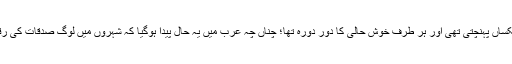
یہی وجہ تھی کہ ملک کی دولت معاشرہ کے تمام افراد تک یکساں پہنچتی تھی اور ہر طرف خوش حالی کا دور دورہ تھا؛ چناں چہ عرب میں یہ حال پیدا ہوگیا کہ شہروں میں لوگ صدقات کی رقمیں لیے پھرتے تھے اور کوئی اسے لینے والا نہیں ملتا تھا۔